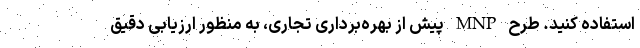
استفاده کنید. طرح MNP پیش از بهره‌برداری تجاری، به منظور ارزیابی دقیق